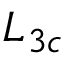
L _ { 3 c }